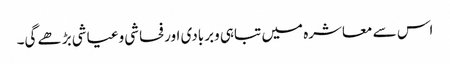
اس سے معاشرہ میں تباہی وبربادی اورفحاشی وعیاشی بڑھے گی۔